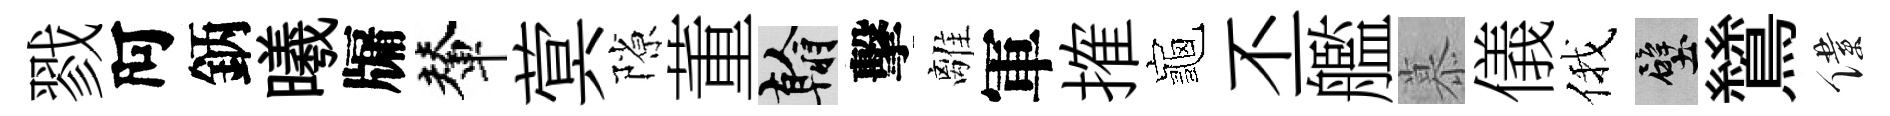
戮阿鈵曦牖輦蓂隙董翰擊離軍搉龜丕艦慕儀俄壁鷥僕